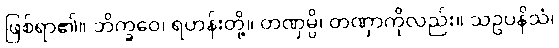
ဖြစ်ရာ၏။ ဘိက္ခဝေ၊ ရဟန်းတို့။ တဏှမ္ပိ၊ တဏှာကိုလည်း။ သဥပနိသံ၊